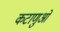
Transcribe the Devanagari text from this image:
कटाणुओं